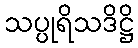
သပ္ပုရိသဒိဋ္ဌိ